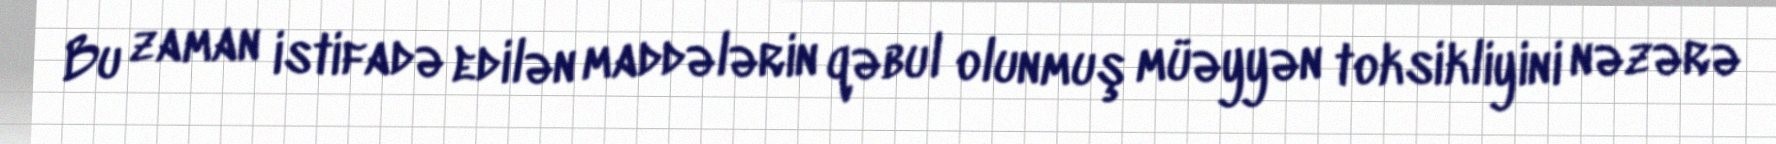
Bu zaman istifadə edilən maddələrin qəbul olunmuş müəyyən toksikliyini nəzərə